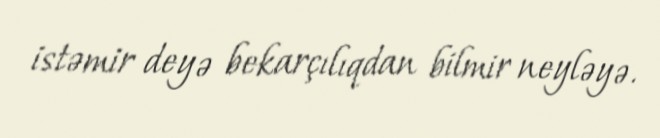
istəmir deyə bekarçılıqdan bilmir neyləyə.